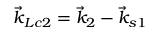
\vec { k } _ { L c 2 } = \vec { k } _ { 2 } - \vec { k } _ { s 1 }